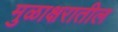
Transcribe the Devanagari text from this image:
मुळाक्षरातील